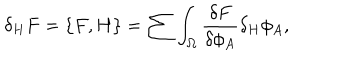
\delta _ { H } F = \{ F , H \} = \sum \int _ { \Omega } { \frac { \delta F } { \delta \phi _ { A } } } \delta _ { H } \phi _ { A } ,